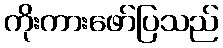
ကိုးကားဖော်ပြသည်